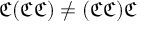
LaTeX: { \mathfrak { C } } ( { \mathfrak { C } } { \mathfrak { C } } ) \not = ( { \mathfrak { C } } { \mathfrak { C } } ) { \mathfrak { C } }